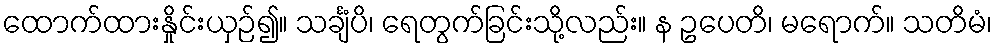
ထောက်ထားနှိုင်းယှဉ်၍။ သင်္ချံပိ၊ ရေတွက်ခြင်းသို့လည်း။ န ဥပေတိ၊ မရောက်။ သတိမံ၊